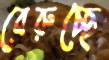
বেরুচ্ছে